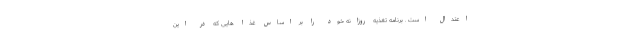
اعتدال است . برنامه تغذیه روزانه خود را بر اساس غذا هایی که در این